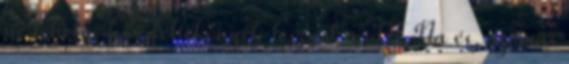
ne tehetnéd? Féltékenyek lesznek rád? Na és, az már